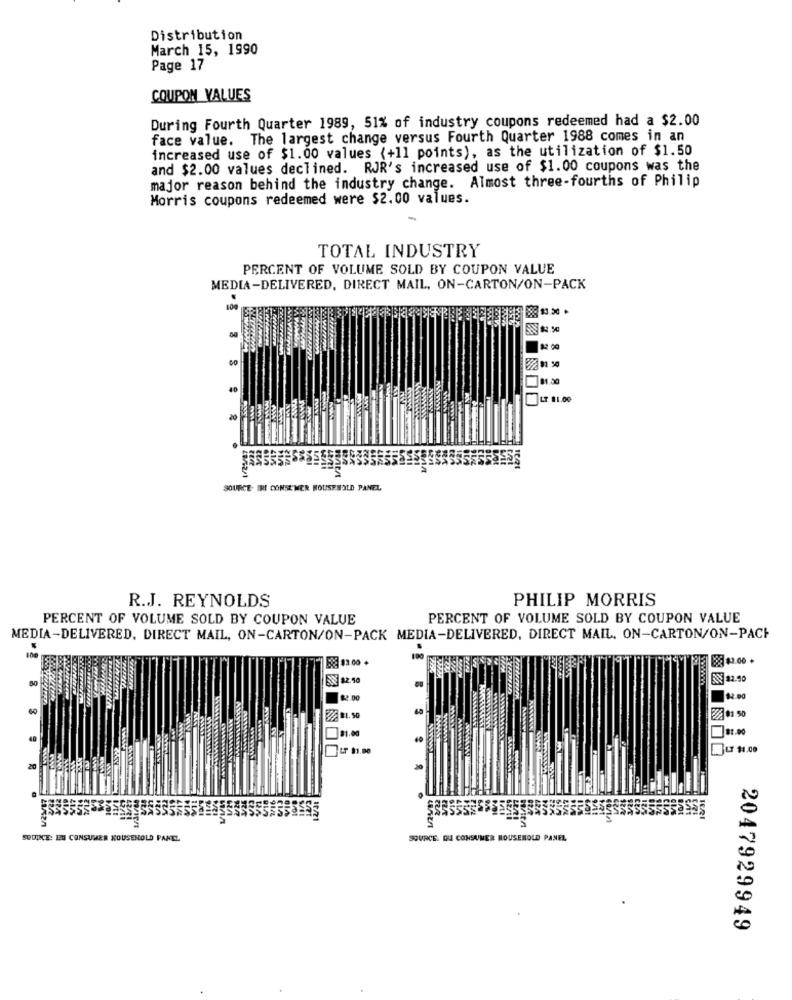
Distribution
March 15, 1990
Page 17
COUPON VALUES
During Fourth Quarter 1989, 51% of industry coupons redeemed had a $2.00
face value. The largest change versus Fourth Quarter 1988 comes in an
increased use of $1.00 values (+11 points), as the utilization of $1.50
and $2.00 values declined. RJR's increased use of $1.00 coupons was the
major reason behind the industry change. Almost three-fourths of Philip
Morris coupons redeemed were $2.00 values.
TOTAL INDUSTRY
PERCENT OF VOLUME SOLD BY COUPON VALUE
MEDIA-DELIVERED, DIRECT MAIL, ON-CARTON/ON-PACK
81.50
40
LT 81.00
20
SOURCE. IRI CONSE WER HOUSEHOLD PANEL
PHILIP MORRIS
R.J. REYNOLDS
PERCENT OF VOLUME SOLD BY COUPON VALUE
PERCENT OF VOLUME SOLD BY COUPON VALUE
MEDIA-DELIVERED. DIRECT MAIL, ON-CARTON/ON-PACK MEDIA-DELIVERED, DIRECT MAIL. ON-CARTON/ON-PACH
ERE 13.00 .
893 43.00 .
JENN
$2.50
82.00
€2.00
60
181.00
BUT 11.00
20
SOURCE: LEU CONSUMER KOUSENOLD PANEL
SOURCE DEA CONSUMER HOUSEHOLD PANEL
2047929949